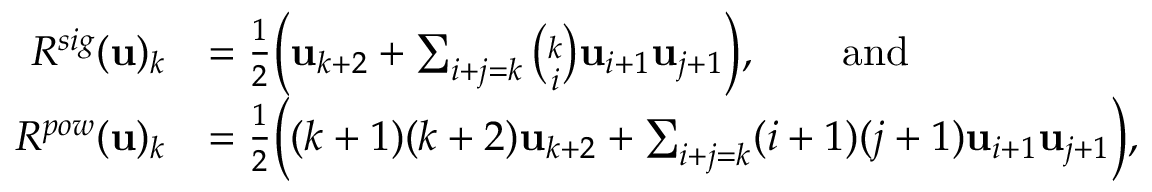
\begin{array} { r l } { R ^ { s i g } ( \mathbf u ) _ { k } } & { = \frac { 1 } { 2 } \Big ( \mathbf u _ { k + 2 } + \sum _ { i + j = k } \binom k i \mathbf u _ { i + 1 } \mathbf u _ { j + 1 } \Big ) , \qquad \mathrm { a n d } } \\ { R ^ { p o w } ( \mathbf u ) _ { k } } & { = \frac { 1 } { 2 } \Big ( ( k + 1 ) ( k + 2 ) \mathbf u _ { k + 2 } + \sum _ { i + j = k } ( i + 1 ) ( j + 1 ) \mathbf u _ { i + 1 } \mathbf u _ { j + 1 } \Big ) , } \end{array}